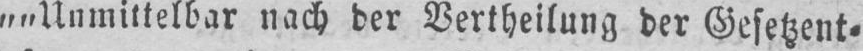
„„Unmittelbar nach der Vertheilung der Gesetzent⸗